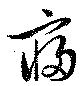
寢